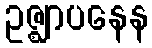
ဥဇ္ဈာပနေန